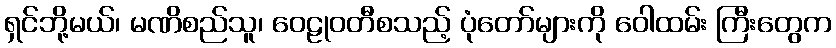
ရှင်ဘို့မယ်၊ မဏိစည်သူ၊ ဝေဠုဝတီစသည့် ပုံတော်များကို ဝေါထမ်း ကြီးတွေက